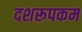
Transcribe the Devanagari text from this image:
दशरूपकम